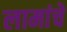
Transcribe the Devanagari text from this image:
लामांचे